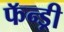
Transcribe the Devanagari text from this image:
फॅन्ड्री